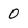
Character: 0